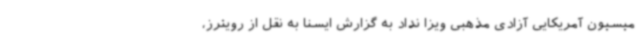
میسیون آمریکایی آزادی مذهبی ویزا نداد به گزارش ایسنا به نقل از رویترز،